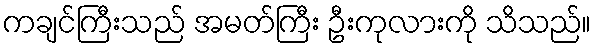
ကချင်ကြီးသည် အမတ်ကြီး ဦးကုလားကို သိသည်။